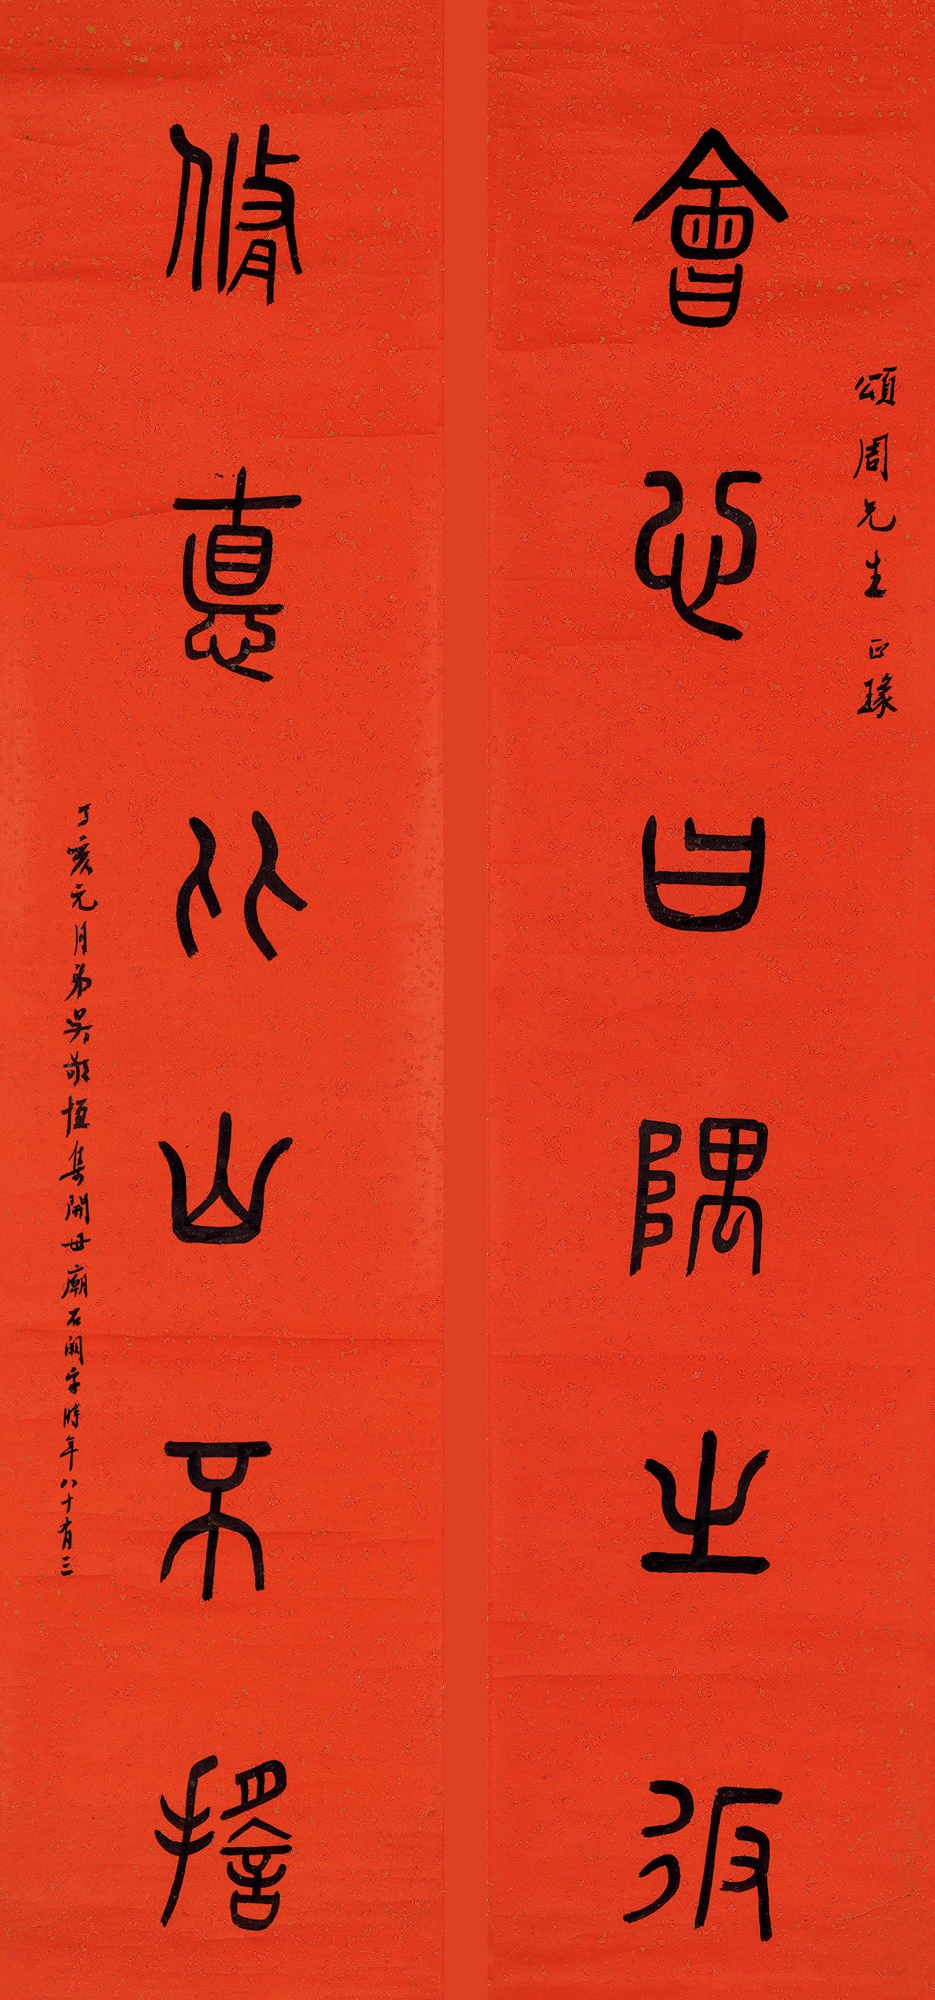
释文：会心曰隅之返，修德从山不摇。颂周先生正篆。丁亥元月，弟吴敬恒集开母庙石阙字，时年八十有三。